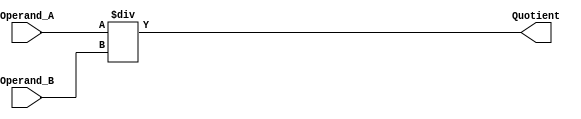
module Divider(
    input wire [7:0] Operand_A,
    input wire [7:0] Operand_B,
    output reg [7:0] Quotient
);

always @(*) begin
    Quotient = Operand_A / Operand_B;
end

endmodule